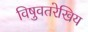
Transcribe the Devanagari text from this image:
विषुवतरेखिय